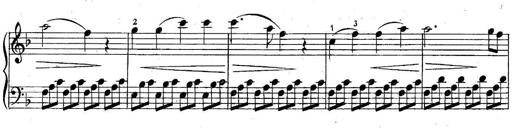
Title: 6 Easy Sonatinas
Composer: Carl Czerny